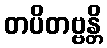
တပိတဗ္ဗန္တိ